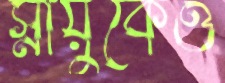
স্নায়ুকেও